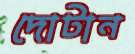
দোটান